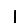
Digit: 1